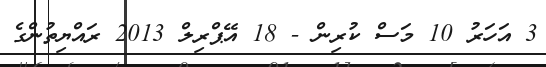
3 އަހަރު 10 މަސް ކުރިން - 18 އޭޕްރިލް 2013 ރައްޔިތުންގެ